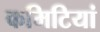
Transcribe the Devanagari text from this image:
कमिटियां